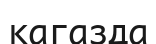
кагазда